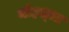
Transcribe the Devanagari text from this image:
मोहल्‍ला